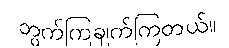
တွက်ကြချက်ကြတယ်။